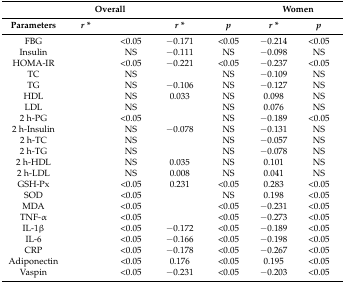
<table><thead><tr><td>[EMPTY_CELL]</td><td colspan="2"><b>Overall</b></td><td colspan="2">[EMPTY_CELL]</td><td colspan="2"><b>Women</b></td></tr><tr><td><b>Parameters</b></td><td><b><i>r</i> *</b></td><td>[EMPTY_CELL]</td><td><b><i>r</i> *</b></td><td><b><i>p</i></b></td><td><b><i>r</i> *</b></td><td><b><i>p</i></b></td></tr></thead><tbody><tr><td>FBG</td><td>[EMPTY_CELL]</td><td>&lt;0.05</td><td>−0.171</td><td>&lt;0.05</td><td>−0.214</td><td>&lt;0.05</td></tr><tr><td>Insulin</td><td>[EMPTY_CELL]</td><td>NS</td><td>−0.111</td><td>NS</td><td>−0.098</td><td>NS</td></tr><tr><td>HOMA-IR</td><td>[EMPTY_CELL]</td><td>&lt;0.05</td><td>−0.221</td><td>&lt;0.05</td><td>−0.237</td><td>&lt;0.05</td></tr><tr><td>TC</td><td>[EMPTY_CELL]</td><td>NS</td><td>[EMPTY_CELL]</td><td>NS</td><td>−0.109</td><td>NS</td></tr><tr><td>TG</td><td>[EMPTY_CELL]</td><td>NS</td><td>−0.106</td><td>NS</td><td>−0.127</td><td>NS</td></tr><tr><td>HDL</td><td>[EMPTY_CELL]</td><td>NS</td><td>0.033</td><td>NS</td><td>0.098</td><td>NS</td></tr><tr><td>LDL</td><td>[EMPTY_CELL]</td><td>NS</td><td>[EMPTY_CELL]</td><td>NS</td><td>0.076</td><td>NS</td></tr><tr><td>2 h-PG</td><td>[EMPTY_CELL]</td><td>&lt;0.05</td><td>[EMPTY_CELL]</td><td>NS</td><td>−0.189</td><td>&lt;0.05</td></tr><tr><td>2 h-Insulin</td><td>[EMPTY_CELL]</td><td>NS</td><td>−0.078</td><td>NS</td><td>−0.131</td><td>NS</td></tr><tr><td>2 h-TC</td><td>[EMPTY_CELL]</td><td>NS</td><td>[EMPTY_CELL]</td><td>NS</td><td>−0.057</td><td>NS</td></tr><tr><td>2 h-TG</td><td>[EMPTY_CELL]</td><td>NS</td><td>[EMPTY_CELL]</td><td>NS</td><td>−0.078</td><td>NS</td></tr><tr><td>2 h-HDL</td><td>[EMPTY_CELL]</td><td>NS</td><td>0.035</td><td>NS</td><td>0.101</td><td>NS</td></tr><tr><td>2 h-LDL</td><td>[EMPTY_CELL]</td><td>NS</td><td>0.008</td><td>NS</td><td>0.041</td><td>NS</td></tr><tr><td>GSH-Px</td><td>[EMPTY_CELL]</td><td>&lt;0.05</td><td>0.231</td><td>&lt;0.05</td><td>0.283</td><td>&lt;0.05</td></tr><tr><td>SOD</td><td>[EMPTY_CELL]</td><td>&lt;0.05</td><td>[EMPTY_CELL]</td><td>NS</td><td>0.198</td><td>&lt;0.05</td></tr><tr><td>MDA</td><td>[EMPTY_CELL]</td><td>&lt;0.05</td><td>[EMPTY_CELL]</td><td>&lt;0.05</td><td>−0.231</td><td>&lt;0.05</td></tr><tr><td>TNF-α</td><td>[EMPTY_CELL]</td><td>&lt;0.05</td><td>[EMPTY_CELL]</td><td>&lt;0.05</td><td>−0.273</td><td>&lt;0.05</td></tr><tr><td>IL-1β</td><td>[EMPTY_CELL]</td><td>&lt;0.05</td><td>−0.172</td><td>&lt;0.05</td><td>−0.189</td><td>&lt;0.05</td></tr><tr><td>IL-6</td><td>[EMPTY_CELL]</td><td>&lt;0.05</td><td>−0.166</td><td>&lt;0.05</td><td>−0.198</td><td>&lt;0.05</td></tr><tr><td>CRP</td><td>[EMPTY_CELL]</td><td>&lt;0.05</td><td>−0.178</td><td>&lt;0.05</td><td>−0.267</td><td>&lt;0.05</td></tr><tr><td>Adiponectin</td><td>[EMPTY_CELL]</td><td>&lt;0.05</td><td>0.176</td><td>&lt;0.05</td><td>0.195</td><td>&lt;0.05</td></tr><tr><td>Vaspin</td><td>[EMPTY_CELL]</td><td>&lt;0.05</td><td>−0.231</td><td>&lt;0.05</td><td>−0.203</td><td>&lt;0.05</td></tr></tbody></table>